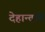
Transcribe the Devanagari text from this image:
देहान्ताचे